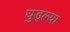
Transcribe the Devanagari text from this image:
घुड्ल्या